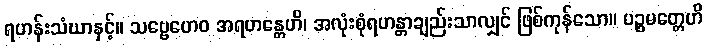
ရဟန်းသံဃာနှင့်။ သဗ္ဗေဟေဝ အရဟန္တေဟိ၊ အလုံးစုံရဟန္တာချည်းသာလျှင် ဖြစ်ကုန်သော။ ပဉ္စမတ္တေဟိ